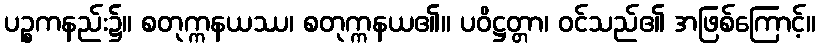
ပဉ္စကနည်း၌။ စတုက္ကနယဿ၊ စတုက္ကနယ၏။ ပဝိဋ္ဌတ္တာ၊ ဝင်သည်၏ အဖြစ်ကြောင့်။